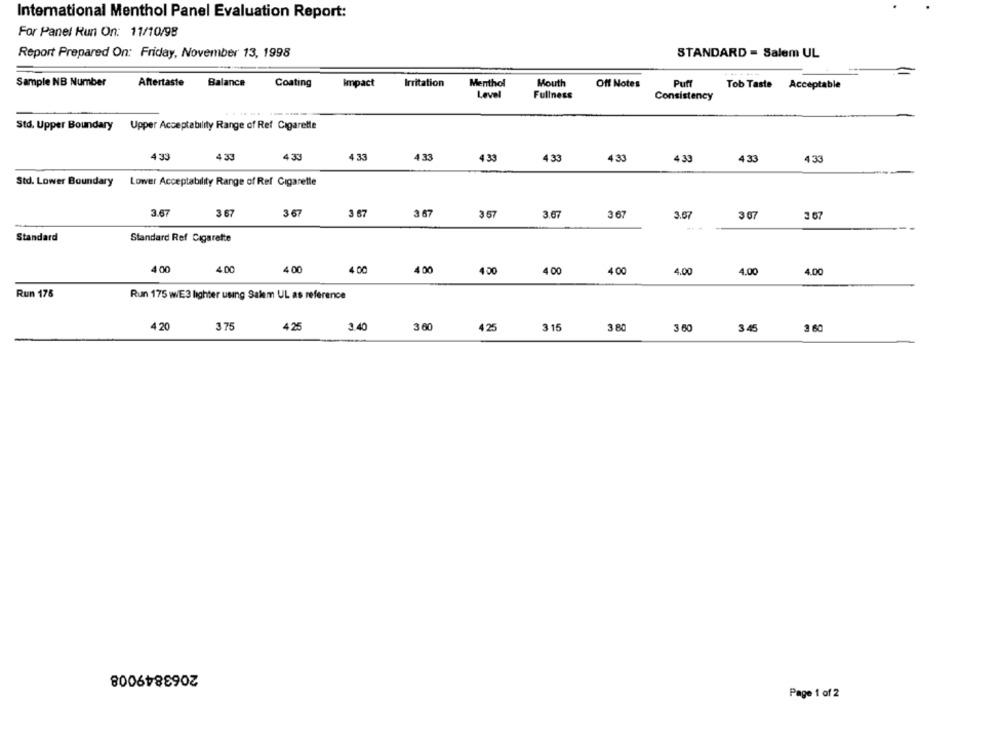
International Menthol Panel Evaluation Report:
For Panel Run On: 11/10/98
Report Prepared On: Friday, November 13, 1998
STANDARD - Salem UL
Balance
Irritation
Menthol
Mouth
Sample NB Number
Aftertaste
Coating
Impact
Off Notes
Puff
Tob Taste Acceptable
Level
Fullness
Consistency
Upper Acceptability Range of Ref Cigarette
Std. Upper Boundary
4.33
4.33
4.33
4 33
433
4 33
4.33
4.33
4,33
433
4:33
Std. Lower Boundary Lower Acceptability Range of Ref Cigaretle
3.67
3 67
3 67
3.67
3.67
3.57
3.67
3 67
3.67
3 07
3 67
Standard
Standard Ref Cigarette
4.00
4.00
4 00
4.00
4 00
4.50
4.00
4.00
4.00
4.00
4.00
Run 175
Run 175 WE3 lighter using Salem UL as reference
4 20
3 75
4.25
3.40
3 60
3 15
4 25
3 80
3 60
3.45
3 60
2063849008
Page 1 of 2